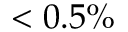
< 0 . 5 \%